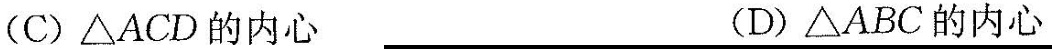
(C)△ACD的内心 (D)△ABC的内心